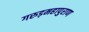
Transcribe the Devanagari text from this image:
गरुड़महापुराण